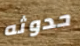
حدوثه